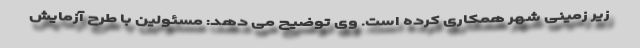
زیر زمینی شهر همکاری کرده است. وی توضیح می دهد: مسئولین با طرح آزمایش